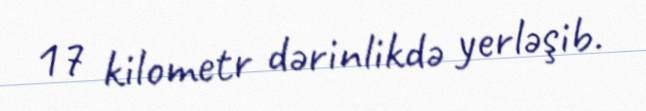
17 kilometr dərinlikdə yerləşib.